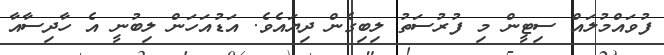
ފުވައްމުލައް ސިޓީން މި ފުރުސަތު ލިބިގެން ދިޔައެވެ. އަޑުއަހަން ލިބުނީ އެ ހާދިސާއާ